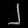
Digit: ၂